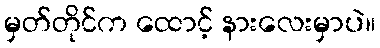
မှတ်တိုင်က ထောင့် နားလေးမှာပဲ။